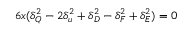
6 x ( \delta _ { Q } ^ { 2 } - 2 \delta _ { u } ^ { 2 } + \delta _ { D } ^ { 2 } - \delta _ { F } ^ { 2 } + \delta _ { E } ^ { 2 } ) = 0